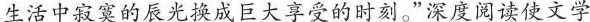
生活中寂寞的辰光换成巨大享受的时刻。”深度阅读使文学